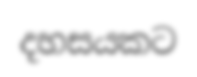
දහසයකට